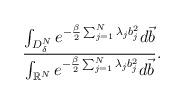
LaTeX: \begin{align*}\frac{\int_{D_\delta^N} e^{-\frac{\beta}{2}\sum_{j=1}^N \lambda_j b_j^2} d \vec b }{\int_{\mathbb{R}^N} e^{-\frac{\beta}{2}\sum_{j=1}^N \lambda_j b_j^2} d \vec b} .\end{align*}